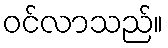
ဝင်လာသည်။